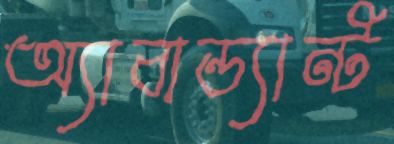
অ্যাবান্ড্যান্ট